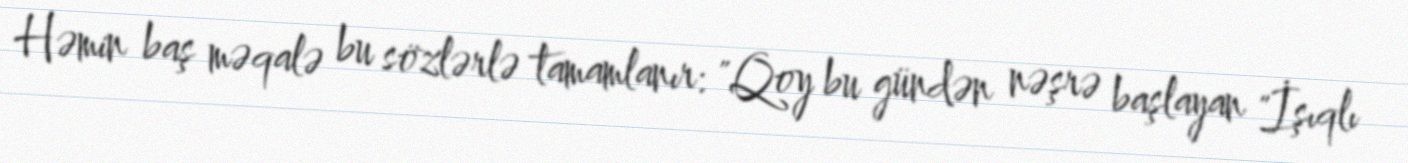
Həmin baş məqalə bu sözlərlə tamamlanır: "Qoy bu gündən nəşrə başlayan "İşıqlı